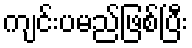
ကျင်းပမည်ဖြစ်ပြီး